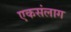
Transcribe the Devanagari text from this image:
एकसंलाग